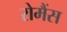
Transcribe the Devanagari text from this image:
रोमैंस